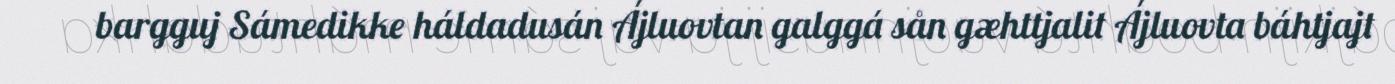
bargguj Sámedikke háldadusán Ájluovtan galggá sån gæhttjalit Ájluovta báhtjajt